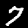
Digit: 7